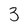
Character: 3